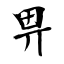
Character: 畀